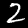
Digit: 2